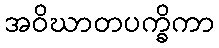
အဝိဃာတပက္ခိကာ